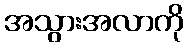
အသွားအလာကို